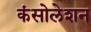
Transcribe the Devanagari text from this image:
कंसोलेशन